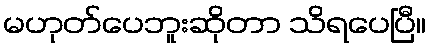
မဟုတ်ပေဘူးဆိုတာ သိရပေပြီ။